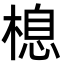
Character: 㮩